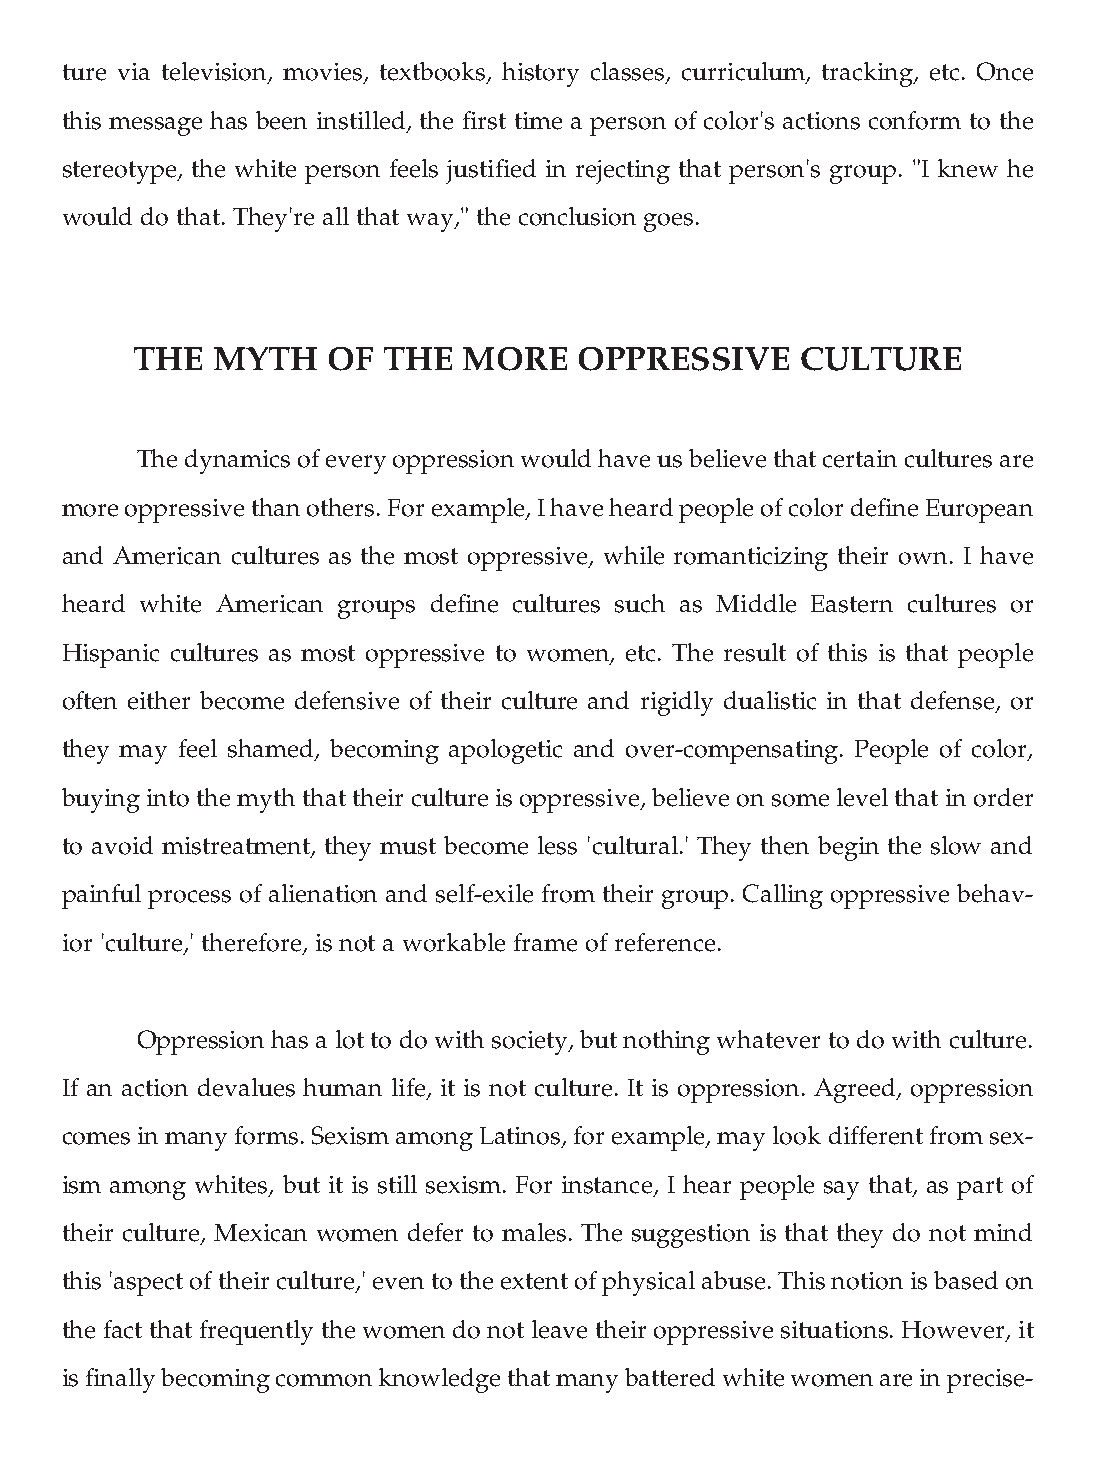
ture via television, movies, textbooks, history classes, curriculum, tracking, etc. Once
 this message has been instilled, the first time a person of color's actions conform to the
 stereotype, the white person feels justified in rejecting that person's group. "I knew he
 would do that. They're all that way," the conclusion goes.
 THE  MYTH    OF THE   MORE   OPPRESSIVE     CULTURE
 The dynamics of every oppression would have us believe that certain cultures are
 more oppressive than others. For example, I have heard people of color define European
 and American cultures as the most oppressive, while romanticizing their own. I have
 heard white American groups define cultures such as Middle Eastern cultures or
 Hispanic cultures as most oppressive to women, etc. The result of this is that people
 often either become defensive of their culture and rigidly dualistic in that defense, or
 they may feel shamed, becoming apologetic and over-compensating. People of color,
 buying into the myth that their culture is oppressive, believe on some level that in order
 to avoid mistreatment, they must become less 'cultural.' They then begin the slow and
 painful process of alienation and self-exile from their group. Calling oppressive behav-
 ior 'culture,' therefore, is not a workable frame of reference.
 Oppression has a lot to do with society, but nothing whatever to do with culture.
 If an action devalues human life, it is not culture. It is oppression. Agreed, oppression
 comes in many forms. Sexism among Latinos, for example, may look different from sex-
 ism among whites, but it is still sexism. For instance, I hear people say that, as part of
 their culture, Mexican women defer to males. The suggestion is that they do not mind
 this 'aspect of their culture,' even to the extent of physical abuse. This notion is based on
 the fact that frequently the women do not leave their oppressive situations. However, it
 is finally becoming common knowledge that many battered white women are in precise-